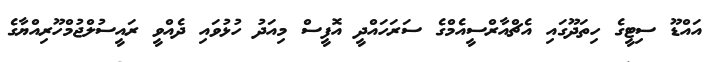
އައްޑޫ ސިޓީގެ ހިތަދޫގައި އެޗްއާރްސީއެމްގެ ސަރަހައްދީ އޮފީސް މިއަދު ހުޅުވައި ދެއްވީ ރައީސުލްޖުމްހޫރިއްޔާގެ